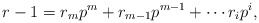
\begin{align*} r-1=r_mp^m+r_{m-1}p^{m-1}+\cdots r_ip^i,\end{align*}